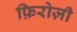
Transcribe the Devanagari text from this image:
फ़िरोज़ी